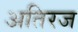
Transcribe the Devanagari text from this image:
अतिरज